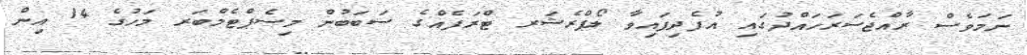
ނަމަވެސް ރާއްޖެސަރަހައްދުގައި އުފެދިފައިވާ ލޯޕްރެޝަރ ޓްރަފެއްގެ ސަބަބުން މިސެޕްޓެމްބަރ މަހުގެ 14 އިން